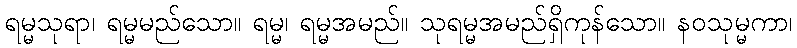
ရမ္မသုရာ၊ ရမ္မမည်သော။ ရမ္မ၊ ရမ္မအမည်။ သုရမ္မအမည်ရှိကုန်သော။ နဝသုမ္မကာ၊